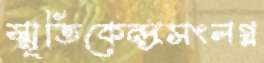
স্মৃতিকেন্দ্রসংলগ্ন